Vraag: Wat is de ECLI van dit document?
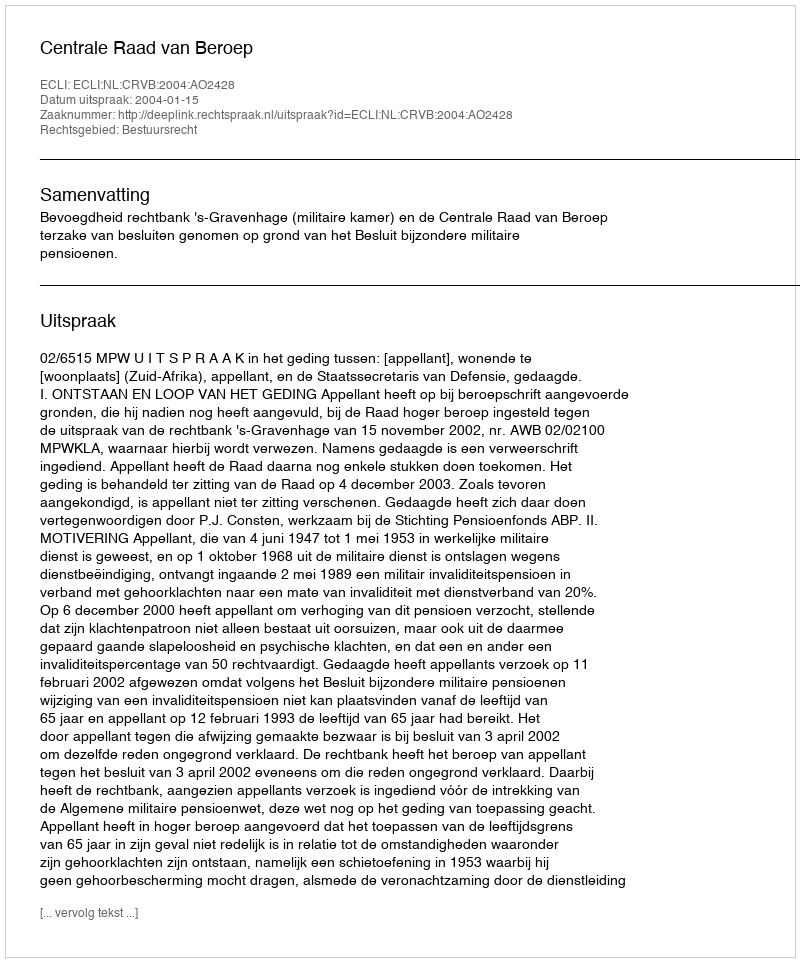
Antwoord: ECLI:NL:CRVB:2004:AO2428